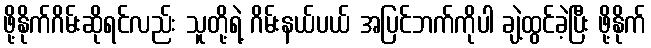
ဖို့နိုက်ဂိမ်းဆိုရင်လည်း သူတို့ရဲ့ ဂိမ်းနယ်ပယ် အပြင်ဘက်ကိုပါ ချဲ့ထွင်ခဲ့ပြီး ဖို့နိုက်